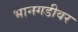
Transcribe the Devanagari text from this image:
भानगडीवर